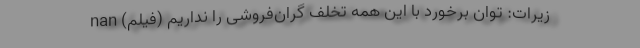
زیرات: توان برخورد با این همه تخلف گران‌فروشی را نداریم (فیلم) nan